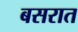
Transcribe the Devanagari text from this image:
बसरात